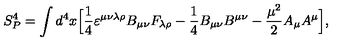
S _ { P } ^ { 4 } = \int d ^ { 4 } x \Bigl [ { \frac { 1 } { 4 } } \varepsilon ^ { \mu \nu \lambda \rho } B _ { \mu \nu } F _ { \lambda \rho } - { \frac { 1 } { 4 } } B _ { \mu \nu } B ^ { \mu \nu } - { \frac { \mu ^ { 2 } } { 2 } } A _ { \mu } A ^ { \mu } \Bigl ] ,